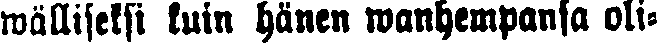
wälliseksi kuin hänen wanhempansa oli-